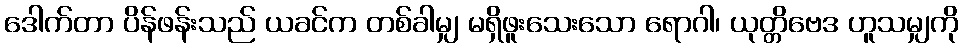
ဒေါက်တာ ပိန်ဖန်းသည် ယခင်က တစ်ခါမျှ မရှိဖူးသေးသော ရောဂါ၊ ယုတ္တိဗေဒ ဟူသမျှကို